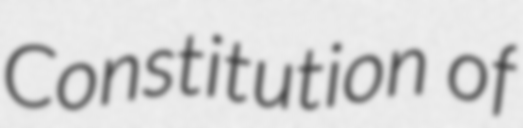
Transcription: Constitution of